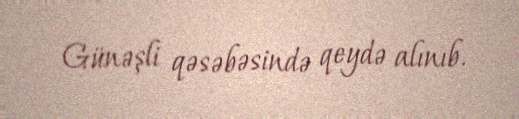
Günəşli qəsəbəsində qeydə alınıb.